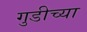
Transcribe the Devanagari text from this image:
गुडीच्या